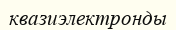
квазиэлектронды